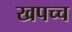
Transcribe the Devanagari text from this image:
खपच्च